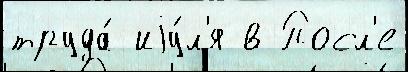
труда́ иjу́л'я в Посл'е